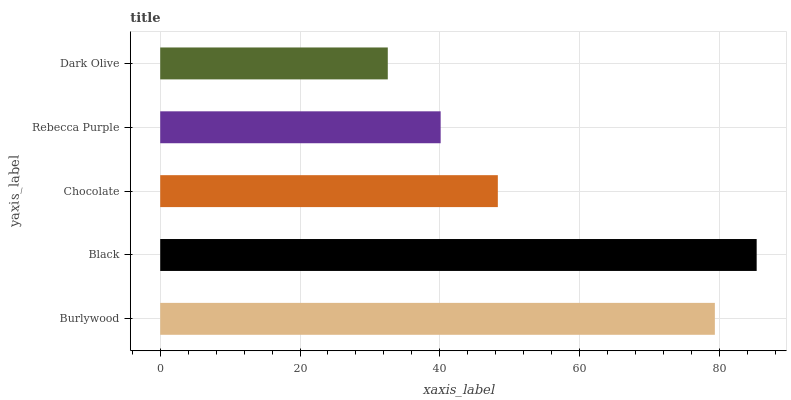
| yaxis_label | bars |
 | --- | --- |
 | Burlywood | 79.3 |
 | Black | 85.3 |
 | Chocolate | 48.3 |
 | Rebecca Purple | 40.1 |
 | Dark Olive | 32.6 |